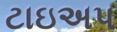
ટાઇઅપ